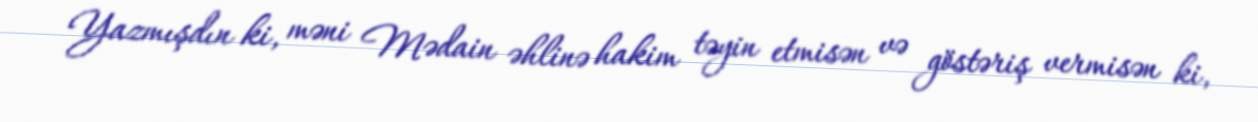
Yazmışdın ki, məni Mədain əhlinə hakim təyin etmisən və göstəriş vermisən ki,